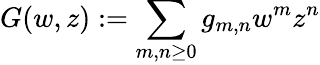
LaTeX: G(w,z):=\sum_{m,n\geq 0}g_{m,n}w^{m}z^{n}